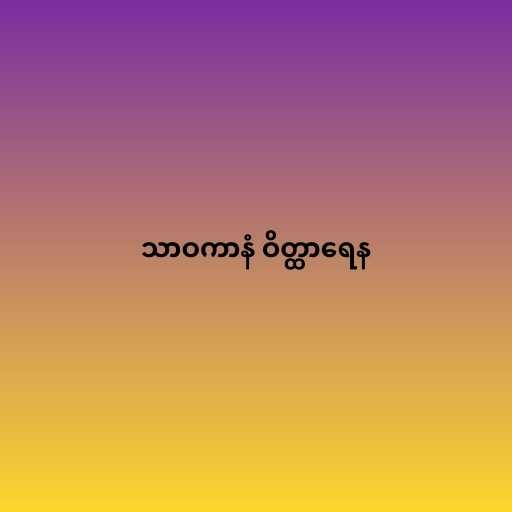
သာဝကာနံ ဝိတ္ထာရေန